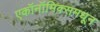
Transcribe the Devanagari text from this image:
एकॉनॉमिक्समधून